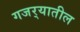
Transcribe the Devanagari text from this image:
गजर्‍यातील